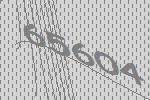
65604